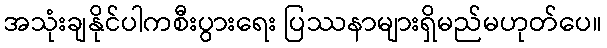
အသုံးချနိုင်ပါကစီးပွားရေး ပြဿနာများရှိမည်မဟုတ်ပေ။